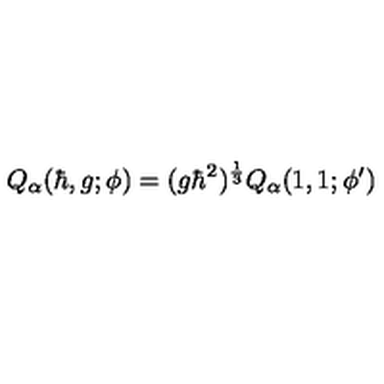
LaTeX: Q _ { \alpha } ( \hbar , g ; \phi ) = ( g \hbar ^ { 2 } ) ^ { \frac { 1 } { 3 } } Q _ { \alpha } ( 1 , 1 ; \phi ^ { \prime } )